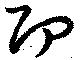
即